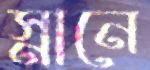
স্নানে